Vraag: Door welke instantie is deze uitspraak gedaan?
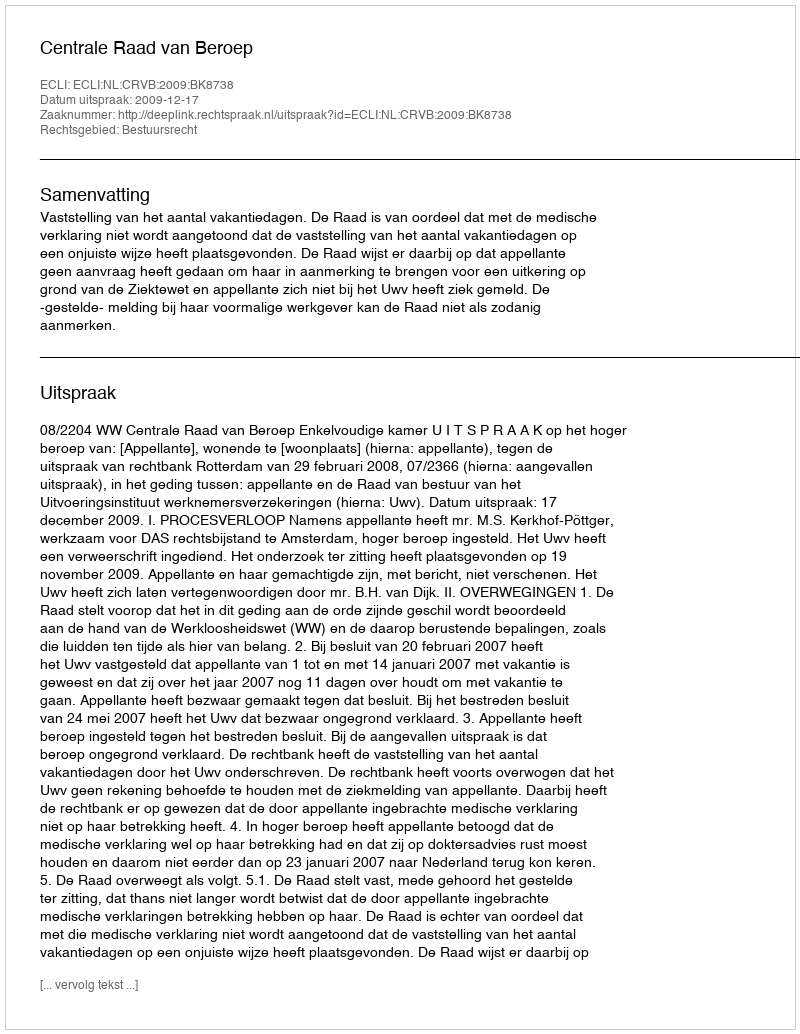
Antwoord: Centrale Raad van Beroep